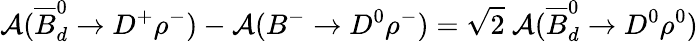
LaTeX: {\cal A}(\overline{{{B}}}_{d}^{0}\rightarrow D^{+}\rho^{-})-{\cal A}(B^{-}\rightarrow D^{0}\rho^{-})=\sqrt{2}~{\cal A}(\overline{{{B}}}_{d}^{0}\rightarrow D^{0}\rho^{0})